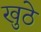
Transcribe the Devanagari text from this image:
खुठे